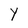
Character: Y